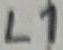
Text: L1